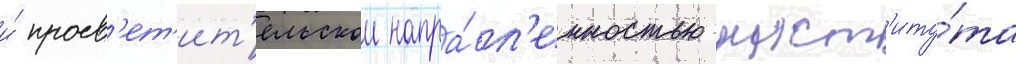
и́ просв'ет'ит'ельскои напра́вл'енностью инст'иту́та